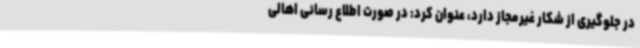
در جلوگیری از شکار غیرمجاز دارد، عنوان کرد: در صورت اطلاع رسانی اهالی